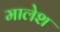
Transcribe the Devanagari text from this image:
मालेश